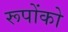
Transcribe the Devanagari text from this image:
रूपोंको